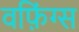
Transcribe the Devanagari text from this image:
वफ़िंग्स